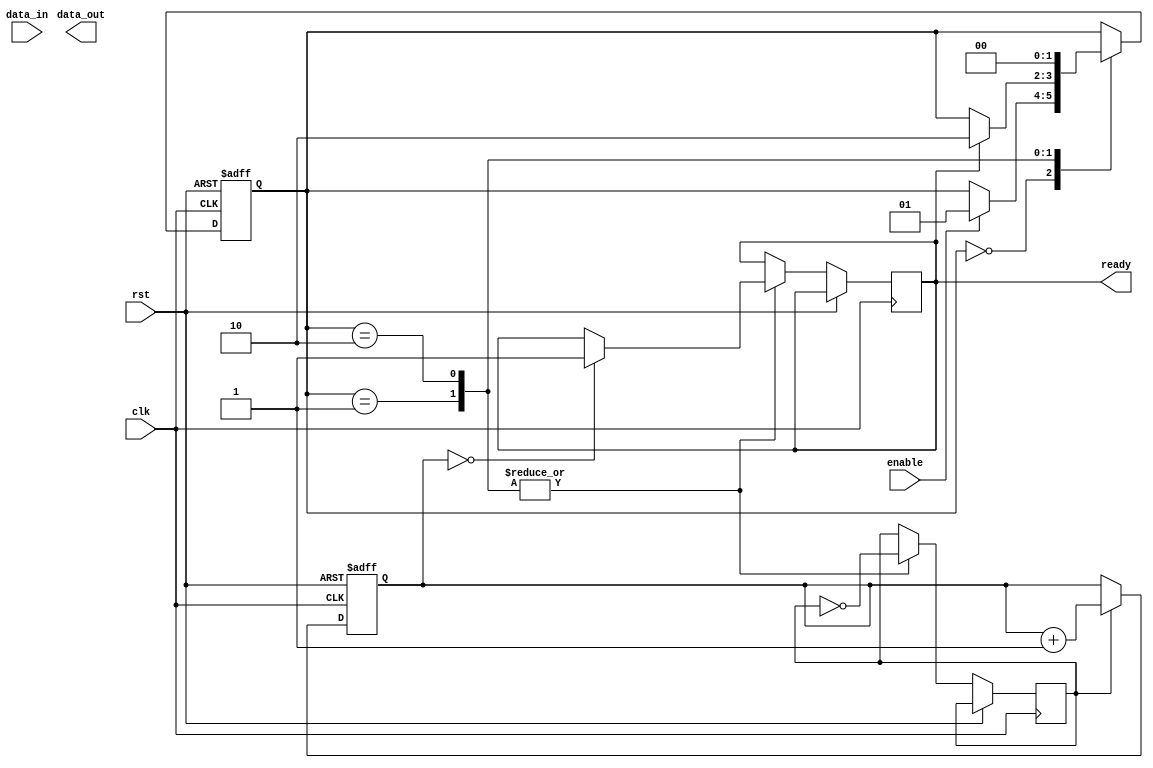
module spi_master (
    input wire clk,
    input wire rst,
    input wire enable,
    input wire data_in,
    output reg data_out,
    output reg ready
);

// State machine states
parameter IDLE_STATE = 2'b00;
parameter TRANSMIT_STATE = 2'b01;
parameter RECEIVE_STATE = 2'b10;

// Data registers
reg [7:0] tx_data_reg;
reg [7:0] rx_data_reg;

// Control signals
reg start_transfer;
reg select_slave;
reg spi_clk;

// Shift register
reg [7:0] shift_reg;

// Clock divider
reg [7:0] clk_divider;

// State machine
reg [1:0] state;
always @ (posedge clk or posedge rst) begin
    if (rst) begin
        state <= IDLE_STATE;
    end else begin
        case (state)
            IDLE_STATE: begin
                if (enable) begin
                    state <= TRANSMIT_STATE;
                    start_transfer <= 1'b1;
                    select_slave <= 1'b1;
                end
            end
            TRANSMIT_STATE: begin
                if (ready) begin
                    state <= RECEIVE_STATE;
                    start_transfer <= 1'b1;
                    select_slave <= 1'b0;
                end
            end
            RECEIVE_STATE: begin
                state <= IDLE_STATE;
            end
        endcase
    end
end

// Data transfer logic
always @ (posedge clk or posedge rst) begin
    if (rst) begin
        tx_data_reg <= 8'b0;
    end else begin
        case (state)
            IDLE_STATE: begin
                // Do nothing
            end
            TRANSMIT_STATE: begin
                // Transmit data to slave device
                shift_reg <= tx_data_reg;
                spi_clk <= ~spi_clk;
                if (clk_divider == 8'd0) begin
                    ready <= 1'b1;
                end
            end
            RECEIVE_STATE: begin
                // Receive data from slave device
                rx_data_reg <= shift_reg;
                spi_clk <= ~spi_clk;
                if (clk_divider == 8'd0) begin
                    ready <= 1'b1;
                end
            end
        endcase
    end
end

// Clock divider logic
always @ (posedge clk or posedge rst) begin
    if (rst) begin
        clk_divider <= 8'd0;
    end else begin
        if (spi_clk) begin
            clk_divider <= clk_divider + 1;
        end
    end
end

endmodule